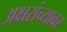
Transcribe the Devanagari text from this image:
अक्षरांच्यावर